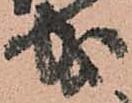
成